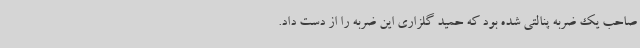
صاحب یک ضربه پنالتی شده بود که حمید گلزاری این ضربه را از دست داد.